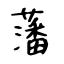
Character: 藩